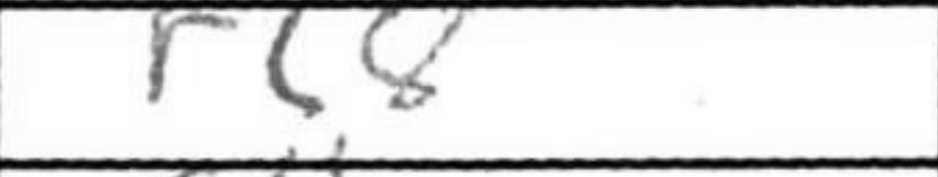
Transcription: Rc8